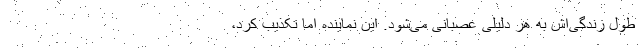
طول زندگی‌اش به هر دلیلی عصبانی می‌شود. این نماینده اما تکذیب کرد،